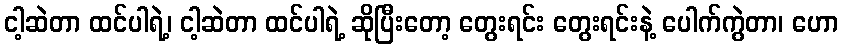
ငါ့ဆဲတာ ထင်ပါရဲ့၊ ငါ့ဆဲတာ ထင်ပါရဲ့ ဆိုပြီးတော့ တွေးရင်း တွေးရင်းနဲ့ ပေါက်ကွဲတာ၊ ဟော